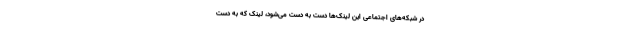
در شبکه‌های اجتماعی این لینک‌ها دست به دست می‌شود، لینک که به دست